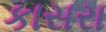
કાસરા